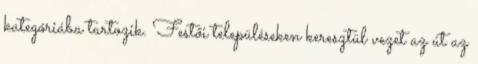
kategóriába tartozik. Festői településeken keresztül vezet az út az